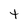
Character: t